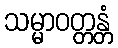
သမ္မာဝတ္တန္တံ